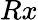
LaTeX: Rx